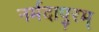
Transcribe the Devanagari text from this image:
नर्मदापुरम्